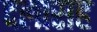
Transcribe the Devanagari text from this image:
दलासह